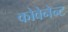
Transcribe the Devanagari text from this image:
कोवेनेन्ट